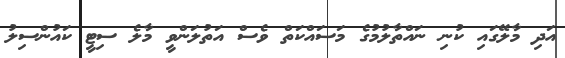
އަދި މާލޭގައި ކުނި ނައްތާލުމުގެ މަސައްކަތް ވެސް އަތުލަންވީ މާލެ ސިޓީ ކައުންސިލު